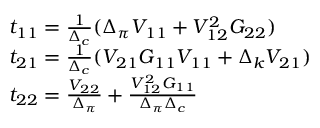
\begin{array} { l } { { t _ { 1 1 } = \frac { 1 } { \Delta _ { c } } ( \Delta _ { \pi } V _ { 1 1 } + V _ { 1 2 } ^ { 2 } G _ { 2 2 } ) } } \\ { { t _ { 2 1 } = \frac { 1 } { \Delta _ { c } } ( V _ { 2 1 } G _ { 1 1 } V _ { 1 1 } + \Delta _ { k } V _ { 2 1 } ) } } \\ { { t _ { 2 2 } = \frac { V _ { 2 2 } } { \Delta _ { \pi } } + \frac { V _ { 1 2 } ^ { 2 } G _ { 1 1 } } { \Delta _ { \pi } \Delta _ { c } } } } \end{array}